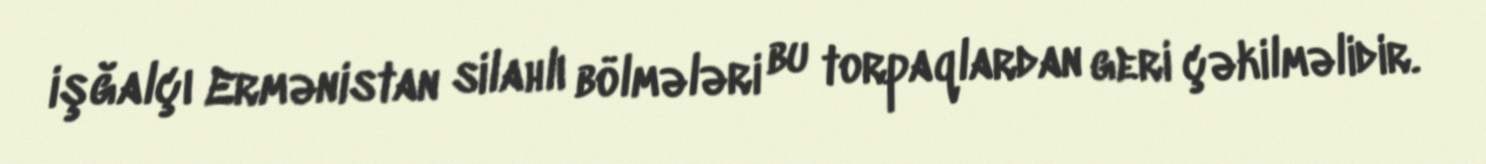
işğalçı Ermənistan silahlı bölmələri bu torpaqlardan geri çəkilməlidir.